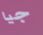
جيا